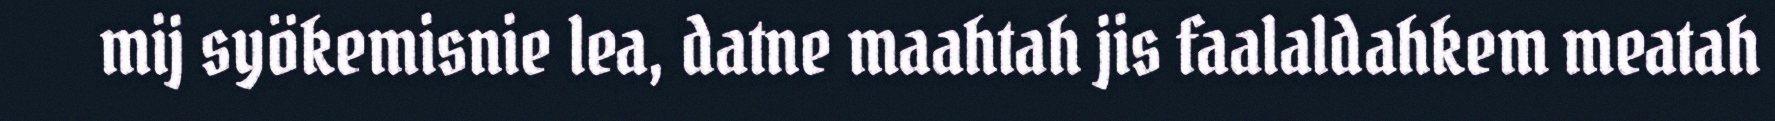
mij syökemisnie lea, datne maahtah jis faalaldahkem meatah